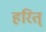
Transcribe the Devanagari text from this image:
हरित्‌